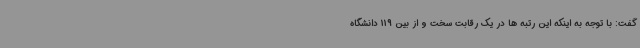
گفت: با توجه به اینکه این رتبه ها در یک رقابت سخت و از بین 119 دانشگاه